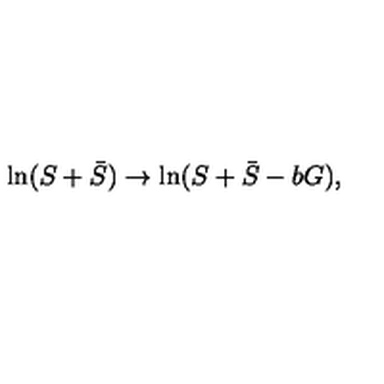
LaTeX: \ln ( S + \bar { S } ) \rightarrow \ln ( S + \bar { S } - b G ) ,